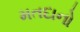
મતદાનો